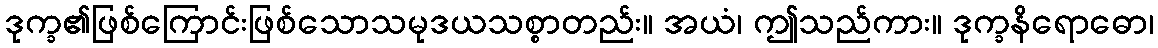
ဒုက္ခ၏ဖြစ်ကြောင်းဖြစ်သောသမုဒယသစ္စာတည်း။ အယံ၊ ဤသည်ကား။ ဒုက္ခနိရောဓော၊